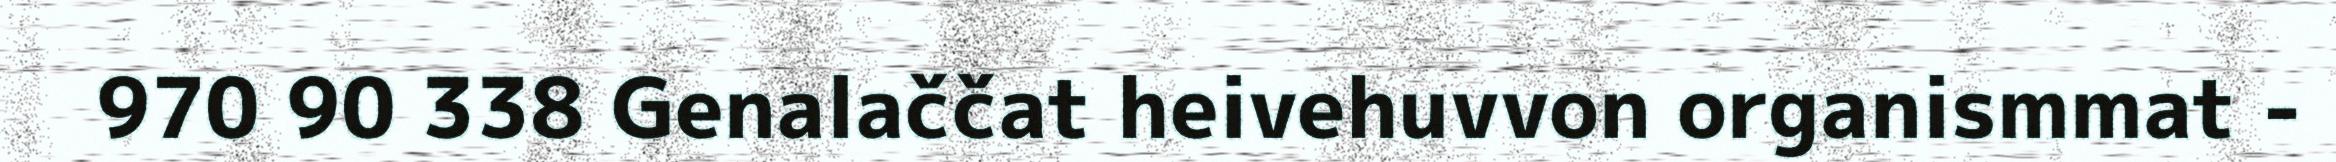
970 90 338 Genalaččat heivehuvvon organismmat -